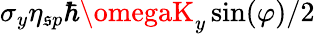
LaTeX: \sigma_{y}\eta_{\mathfrak{s}p}\hbar\omegaK_{y}\sin(\varphi)/2